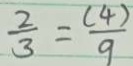
\frac { 2 } { 3 } = \frac { ( 4 ) } { 9 }